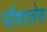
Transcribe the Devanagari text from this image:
पॉवरलेस